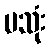
မသုံး